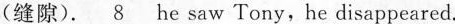
(缝隙). \underline{8} he saw Tony, he disappeared.